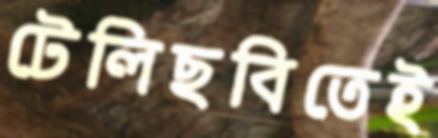
টেলিছবিতেই